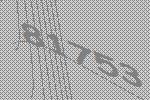
81753